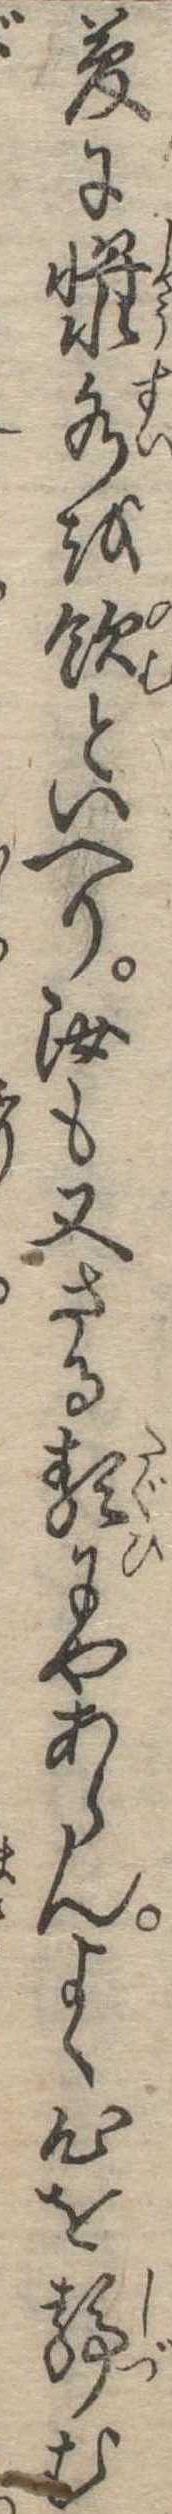
夢に漿水を飲といへり汝も又さる類にやあらんよく心を静む